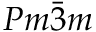
P m \bar { 3 } m